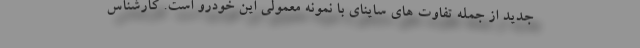
جدید از جمله تفاوت های ساینای با نمونه معمولی این خودرو است. کارشناس